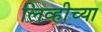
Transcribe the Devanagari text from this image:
लिव्हीच्या